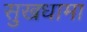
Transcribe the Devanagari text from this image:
सुखधामा